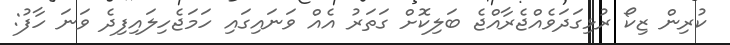
ކުރިން ޒިކޯ ރުޅިގަދަވެއްޖެރާއްޖެ ބަލިކޮށް ގަތަރު އެއް ވަނައިގައި ހަަަމަޖެހިލައިފިދެ ވަނަ ހާފު: